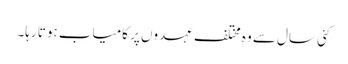
کئی سال سے وہ مختلف عہدوں پر کامیاب ہوتا رہا۔